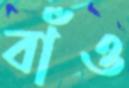
বাঁও